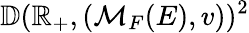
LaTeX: \mathbb{D}(\mathbb{R}_{+},(\mathcal{M}_{F}(E),v))^{2}